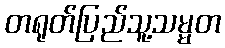
တရုတ်ပြည်သူ့သမ္မတ